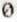
0